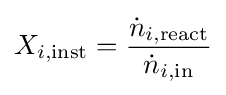
X_{i,{\text{inst}}}={\frac {{\dot {n}}_{i,{\text{react}}}}{{\dot {n}}_{i,{\text{in}}}}}